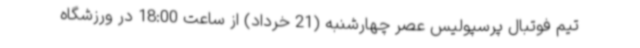
تیم فوتبال پرسپولیس عصر چهارشنبه (21 خرداد) از ساعت 18:00 در ورزشگاه